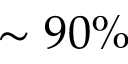
\sim 9 0 \%